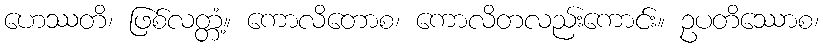
ဟေဿတိ၊ ဖြစ်လတ္တံ့။ ကောလိတောစ၊ ကောလိတလည်းကောင်း။ ဥပတိဿောစ၊